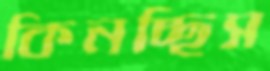
কিনচ্ছিস